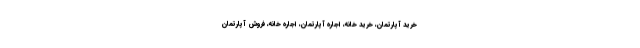
خرید آپارتمان، خرید خانه، اجاره آپارتمان، اجاره خانه، فروش آپارتمان